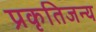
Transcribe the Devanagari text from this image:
प्रकृतिजन्य